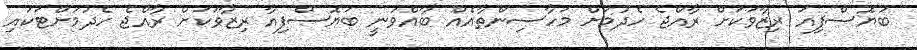
ބަޔޮސްފިއަ ރިޒާވަކަށް ރާއްޖެ ހެދުމަށް މަހާސިންތާއެއް ބާއްވަނީ ބަޔޮސްފިއާ ރިޒާވަކަށް ރާއްޖެ ހެދުމަށްޓަކައި